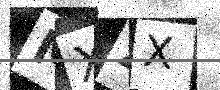
Text: MXZX